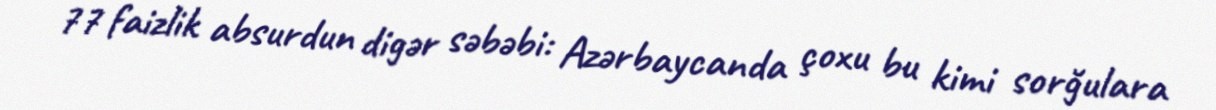
77 faizlik absurdun digər səbəbi: Azərbaycanda çoxu bu kimi sorğulara